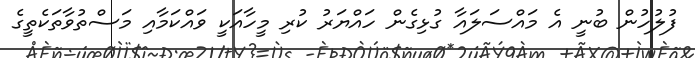
ފުލުހުން ބުނީ އެ މައްސަލައާ ގުޅިގެން ހައްޔަރު ކުރި މީހާއަކީ ވައްކަމާއި މަސްތުވާތަކެތީގެ